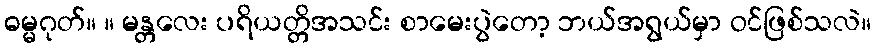
ဓမ္မဂုတ်။ ။ မန္တလေး ပရိယတ္တိအသင်း စာမေးပွဲတော့ ဘယ်အရွယ်မှာ ဝင်ဖြစ်သလဲ။